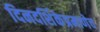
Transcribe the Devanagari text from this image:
दिनदर्शिकेप्रमाणेच